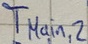
Text: TMain,2